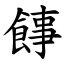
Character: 䭄